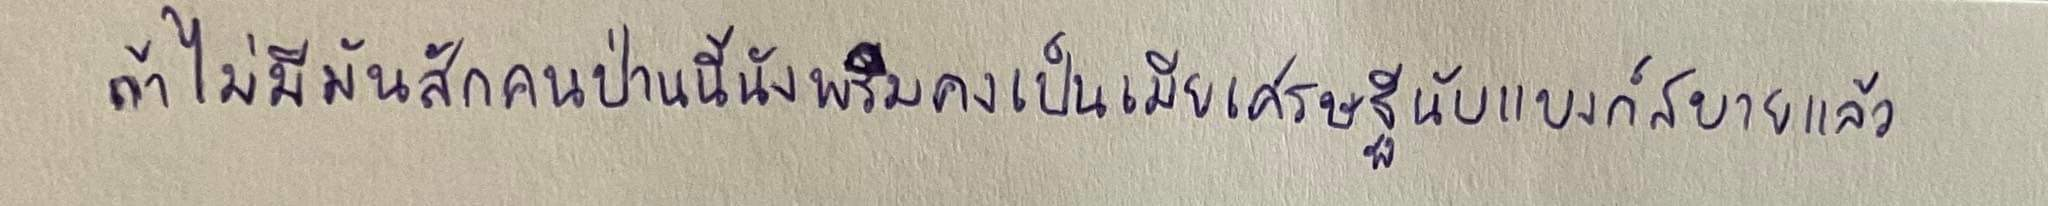
ถ้าไม่มีมันสักคนป่านนี้นังพริมคงเป็นเมียเศรษฐีนับแบงก์สบายแล้ว